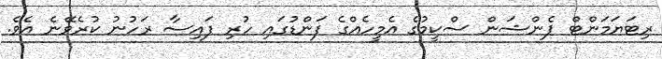
ރިޓަޔަމަންޓް ޕެންޝަން ސްކީމުގެ އެމީހެއްގެ ފަންޑުގައި ހުރި ފައިސާ ރަހުނު ކުރެވޭނެ އެވެ.